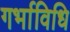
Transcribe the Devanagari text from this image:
गर्भाविधि